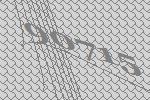
90715